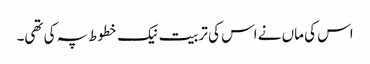
اس کی ماں نے اس کی تربیت نیک خطوط پہ کی تھی۔